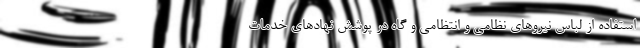
استفاده از لباس نیروهای نظامی و انتظامی و گاه در پوشش نهادهای خدمات